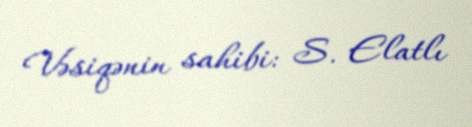
Vəsiqənin sahibi: S. Elatlı